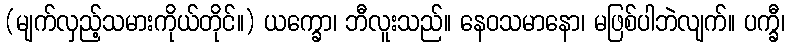
(မျက်လှည့်သမားကိုယ်တိုင်။) ယက္ခော၊ ဘီလူးသည်။ နေဝသမာနော၊ မဖြစ်ပါဘဲလျက်။ ပက္ခီ၊